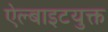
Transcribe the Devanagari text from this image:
ऐल्बाइटयुक्त